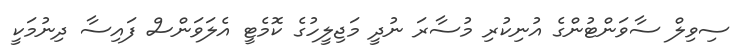
ސިވިލް ސާވަންޓުންގެ އުނިކުރި މުސާރަ ނުދީ މަޖިލީހުގެ ކޮމެޓީ އެލަވަންސް ފައިސާ ދިނުމަކީ